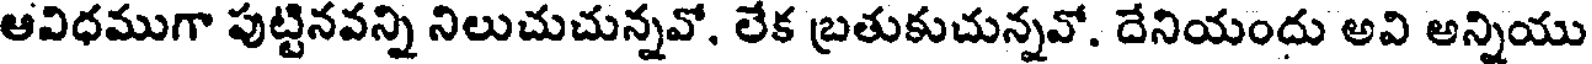
ఆవిధముగా పుట్టినవన్ని నిలుచుచున్నవో, లేక బ్రతుకుచున్నవో. దేనియందు అవి అన్నియు